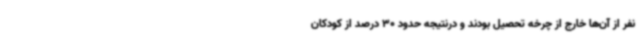
نفر از آن‌ها خارج از چرخه تحصیل بودند و درنتیجه حدود 30 درصد از کودکان